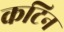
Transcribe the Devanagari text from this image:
कटिन